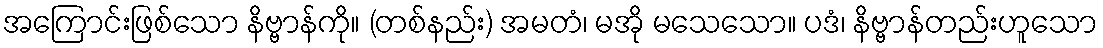
အကြောင်းဖြစ်သော နိဗ္ဗာန်ကို။ (တစ်နည်း) အမတံ၊ မအို မသေသော။ ပဒံ၊ နိဗ္ဗာန်တည်းဟူသော